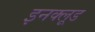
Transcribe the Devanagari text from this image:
इनक्लूड